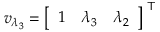
v _ { \lambda _ { 3 } } = { \left[ \begin{array} { l l l } { 1 } & { \lambda _ { 3 } } & { \lambda _ { 2 } } \end{array} \right] } ^ { \textsf { T } }